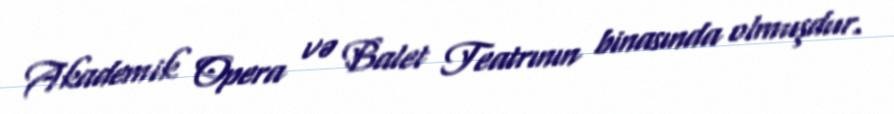
Akademik Opera və Balet Teatrının binasında olmuşdur.